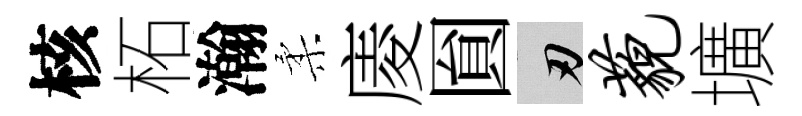
核柘瀚柔庱圎刃藐壙